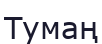
Тумаң